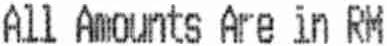
ALL AMOUNTS ARE IN RM